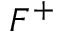
F ^ { + }